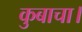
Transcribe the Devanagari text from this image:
कुबाचा।